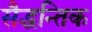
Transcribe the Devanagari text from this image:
सैद्धन्तिक